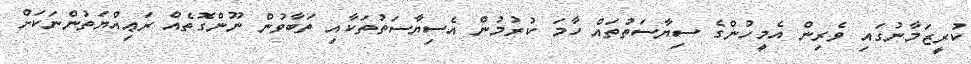
ކުރީޒަމާނުގައި ވެރިން އެމީހުންގެ ސިޔާސަތުތައް ހާމަ ކުރުމުން އެސިޔާސަތުތަކާއި ތަބާވުން ނޫންގޮތެއް ރަޢިއްޔަތުންނަކަށް